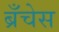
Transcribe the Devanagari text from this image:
ब्रँचेस